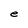
Character: e